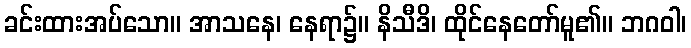
ခင်းထားအပ်သော။ အာသနေ၊ နေရာ၌။ နိသီဒိ၊ ထိုင်နေတော်မူ၏။ ဘဂဝါ၊